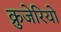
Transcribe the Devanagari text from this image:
क्रुजेरियो